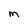
Character: M